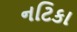
નટિકા